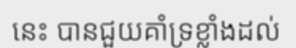
នេះ បានជួយគាំទ្រខ្លាំងដល់